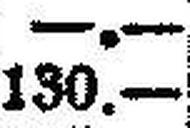
130.—